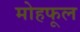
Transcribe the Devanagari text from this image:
मोहफूल